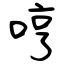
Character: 哼